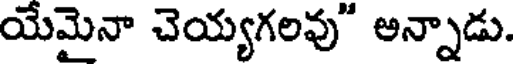
యేమైనా చెయ్యగలవు" అన్నాడు.